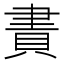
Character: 𧶁